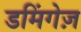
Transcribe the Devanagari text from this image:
डमिंगेज़